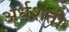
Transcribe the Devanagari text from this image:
अर्धशती